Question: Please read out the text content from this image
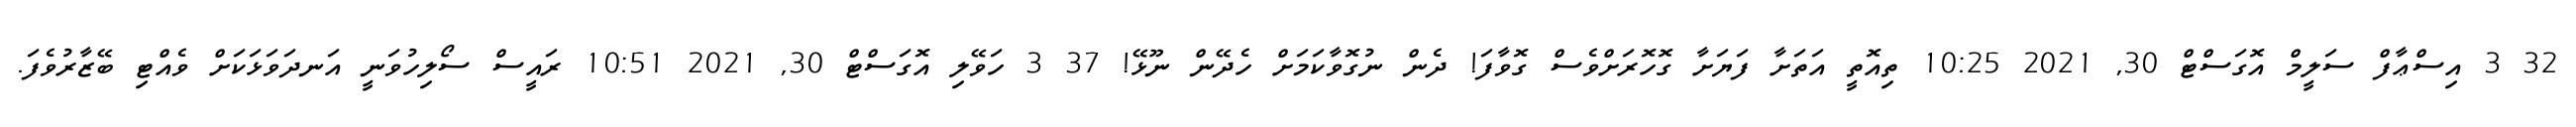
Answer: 32 3 އިސްޢާފް ސަލީމް އޮގަސްޓް 30, 2021 10:25 ތިއޮތީ އަތަށާ ފަޔަށާ ގޮހޮރަށްވެސް ގޮވާފަ! ދެން ނުގޮވާކަމަށް ހެދޭން ނޫޅޭ! 37 3 ހަވޭލި އޮގަސްޓް 30, 2021 10:51 ރައީސް ސޯލިހުވަނީ އަނދަވަޅަކަށް ވެއްޓި ބޭޒާރުވެފަ.